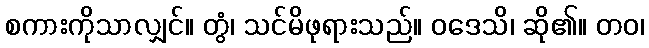
စကားကိုသာလျှင်။ တွံ၊ သင်မိဖုရားသည်။ ဝဒေသိ၊ ဆို၏။ တဝ၊